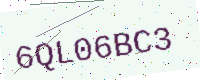
Text: 6QL06BC3